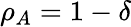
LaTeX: \rho_{A}=1-\delta